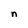
Character: n